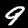
Label: 9